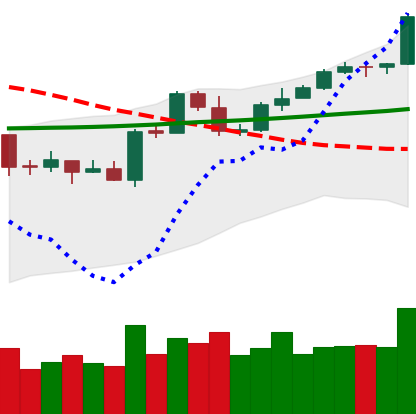
Ticker: ETH-USD
Chart end date: 2020-04-29
Forward return: -4.053%
Label: down_3_5